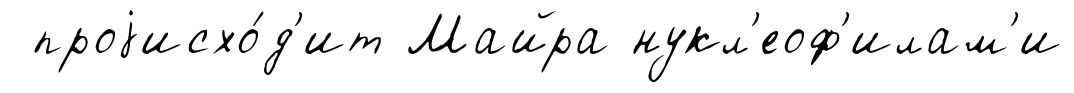
проjисхо́д'ит Майра нукл'еоф'илам'и